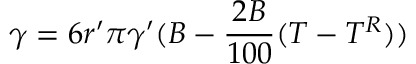
\gamma = 6 r ^ { \prime } \pi \gamma ^ { \prime } ( B - { \frac { 2 B } { 1 0 0 } } ( T - T ^ { R } ) )